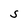
Character: S